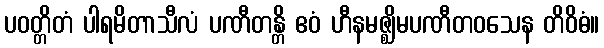
ပဝတ္တိတံ ပါရမိတာသီလံ ပဏီတန္တိ ဧဝံ ဟီနမဇ္ဈိမပဏီတဝသေန တိဝိဓံ။